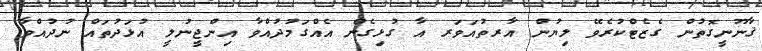
ޤާނޫނީގޮތުން ގެޒެޓްކުރެވޭ ލިޔުން އާރތުއަވަރ އާ ގުޅިގެން އެއްގަމުދުއްވާ އިންޖީނުލީ އުޅަދުތައް ނުދުއްވާ